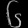
Digit: ၆